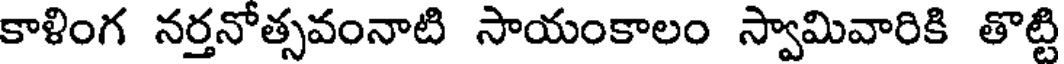
కాళింగ నర్తనోత్సవంనాటి సాయంకాలం స్వామివారికి తొట్టి